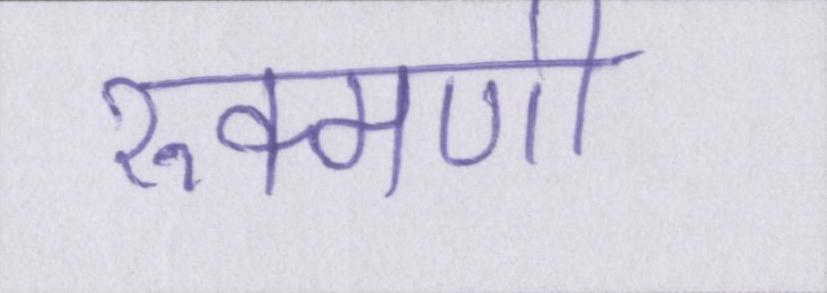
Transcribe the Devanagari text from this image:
रुक्मणी